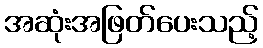
အဆုံးအဖြတ်ပေးသည့်